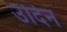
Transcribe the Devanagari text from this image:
उदिन